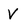
Character: V